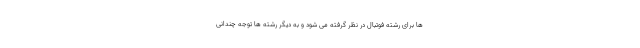
ها برای رشته فوتبال در نظر گرفته می شود و به دیگر رشته ها توجه چندانی